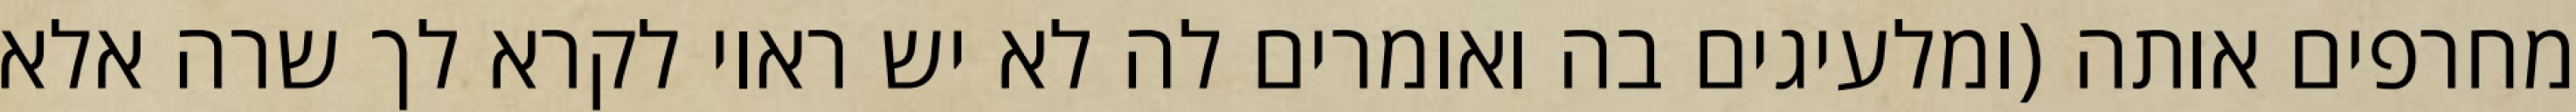
מחרפים אותה (ומלעיגים בה ואומרים לה לא יש ראוי לקרא לך שרה אלא